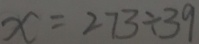
x = 2 7 3 \div 3 9